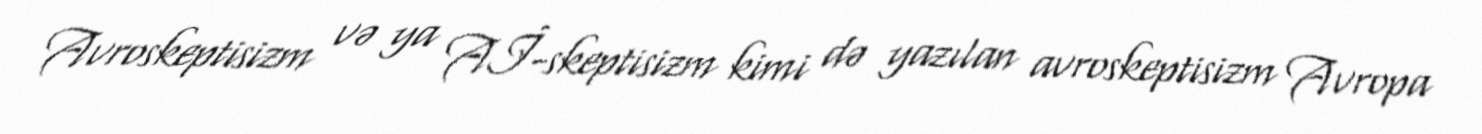
Avroskeptisizm və ya Aİ-skeptisizm kimi də yazılan avroskeptisizm Avropa